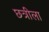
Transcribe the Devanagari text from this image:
छत्रीला